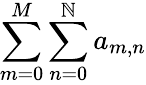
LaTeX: \sum\limits_{m=0}^{M}\sum\limits_{n=0}^{\mathbb{N}}a_{m,n}